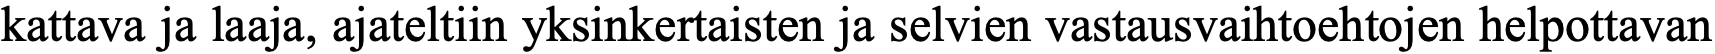
kattava ja laaja, ajateltiin yksinkertaisten ja selvien vastausvaihtoehtojen helpottavan